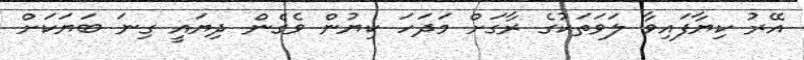
އޭރު ކިޔާފައިވާ ލަވަތަކުގެ ރާގަށް މަދަހަ ކިޔުން ވެގެން ދިޔައީ ގިނަ ބަޔަކަށް